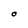
Character: O